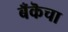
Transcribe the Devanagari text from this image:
बँकॆचा